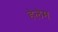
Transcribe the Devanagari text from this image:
हेलेम